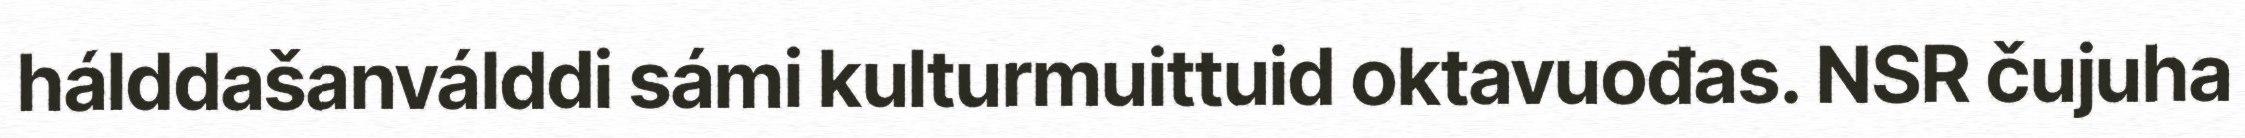
hálddašanválddi sámi kulturmuittuid oktavuođas. NSR čujuha